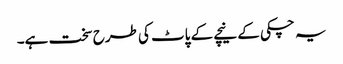
یہ چکی کے نیچے کے پاٹ کی طرح سخت ہے۔